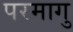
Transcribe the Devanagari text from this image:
परमागु